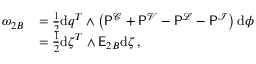
\begin{array} { r l } { \omega _ { 2 B } } & { = \frac { 1 } { 2 } \mathrm { d } \boldsymbol { q } ^ { T } \wedge \left( \mathsf { P } ^ { \mathcal { C } } + \mathsf { P } ^ { \mathcal { V } } - \mathsf { P } ^ { \mathcal { L } } - \mathsf { P } ^ { \mathcal { I } } \right) \mathrm { d } \boldsymbol { \phi } } \\ & { = \frac { 1 } { 2 } \mathrm { d } \boldsymbol { \zeta } ^ { T } \wedge \mathsf { E } _ { 2 B } \mathrm { d } \boldsymbol { \zeta } \, , } \end{array}